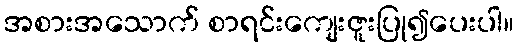
အစားအသောက် စာရင်းကျေးဇူးပြု၍ပေးပါ။